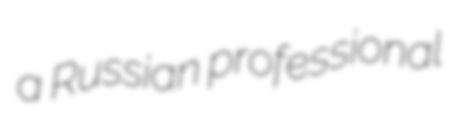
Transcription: a Russian professional